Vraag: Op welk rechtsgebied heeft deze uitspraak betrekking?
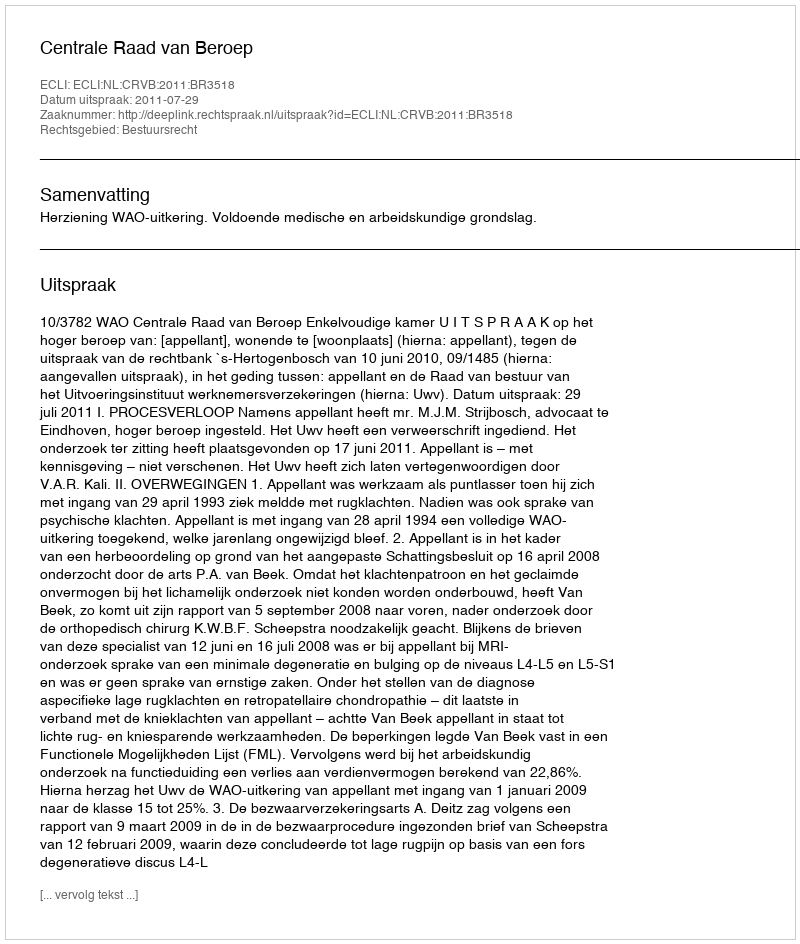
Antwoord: Bestuursrecht